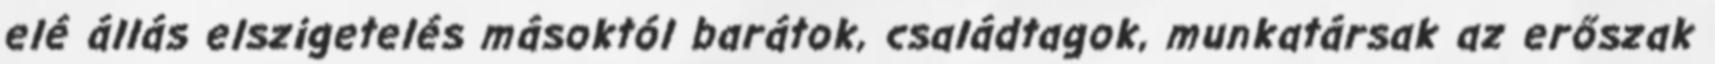
elé állás elszigetelés másoktól barátok, családtagok, munkatársak az erőszak